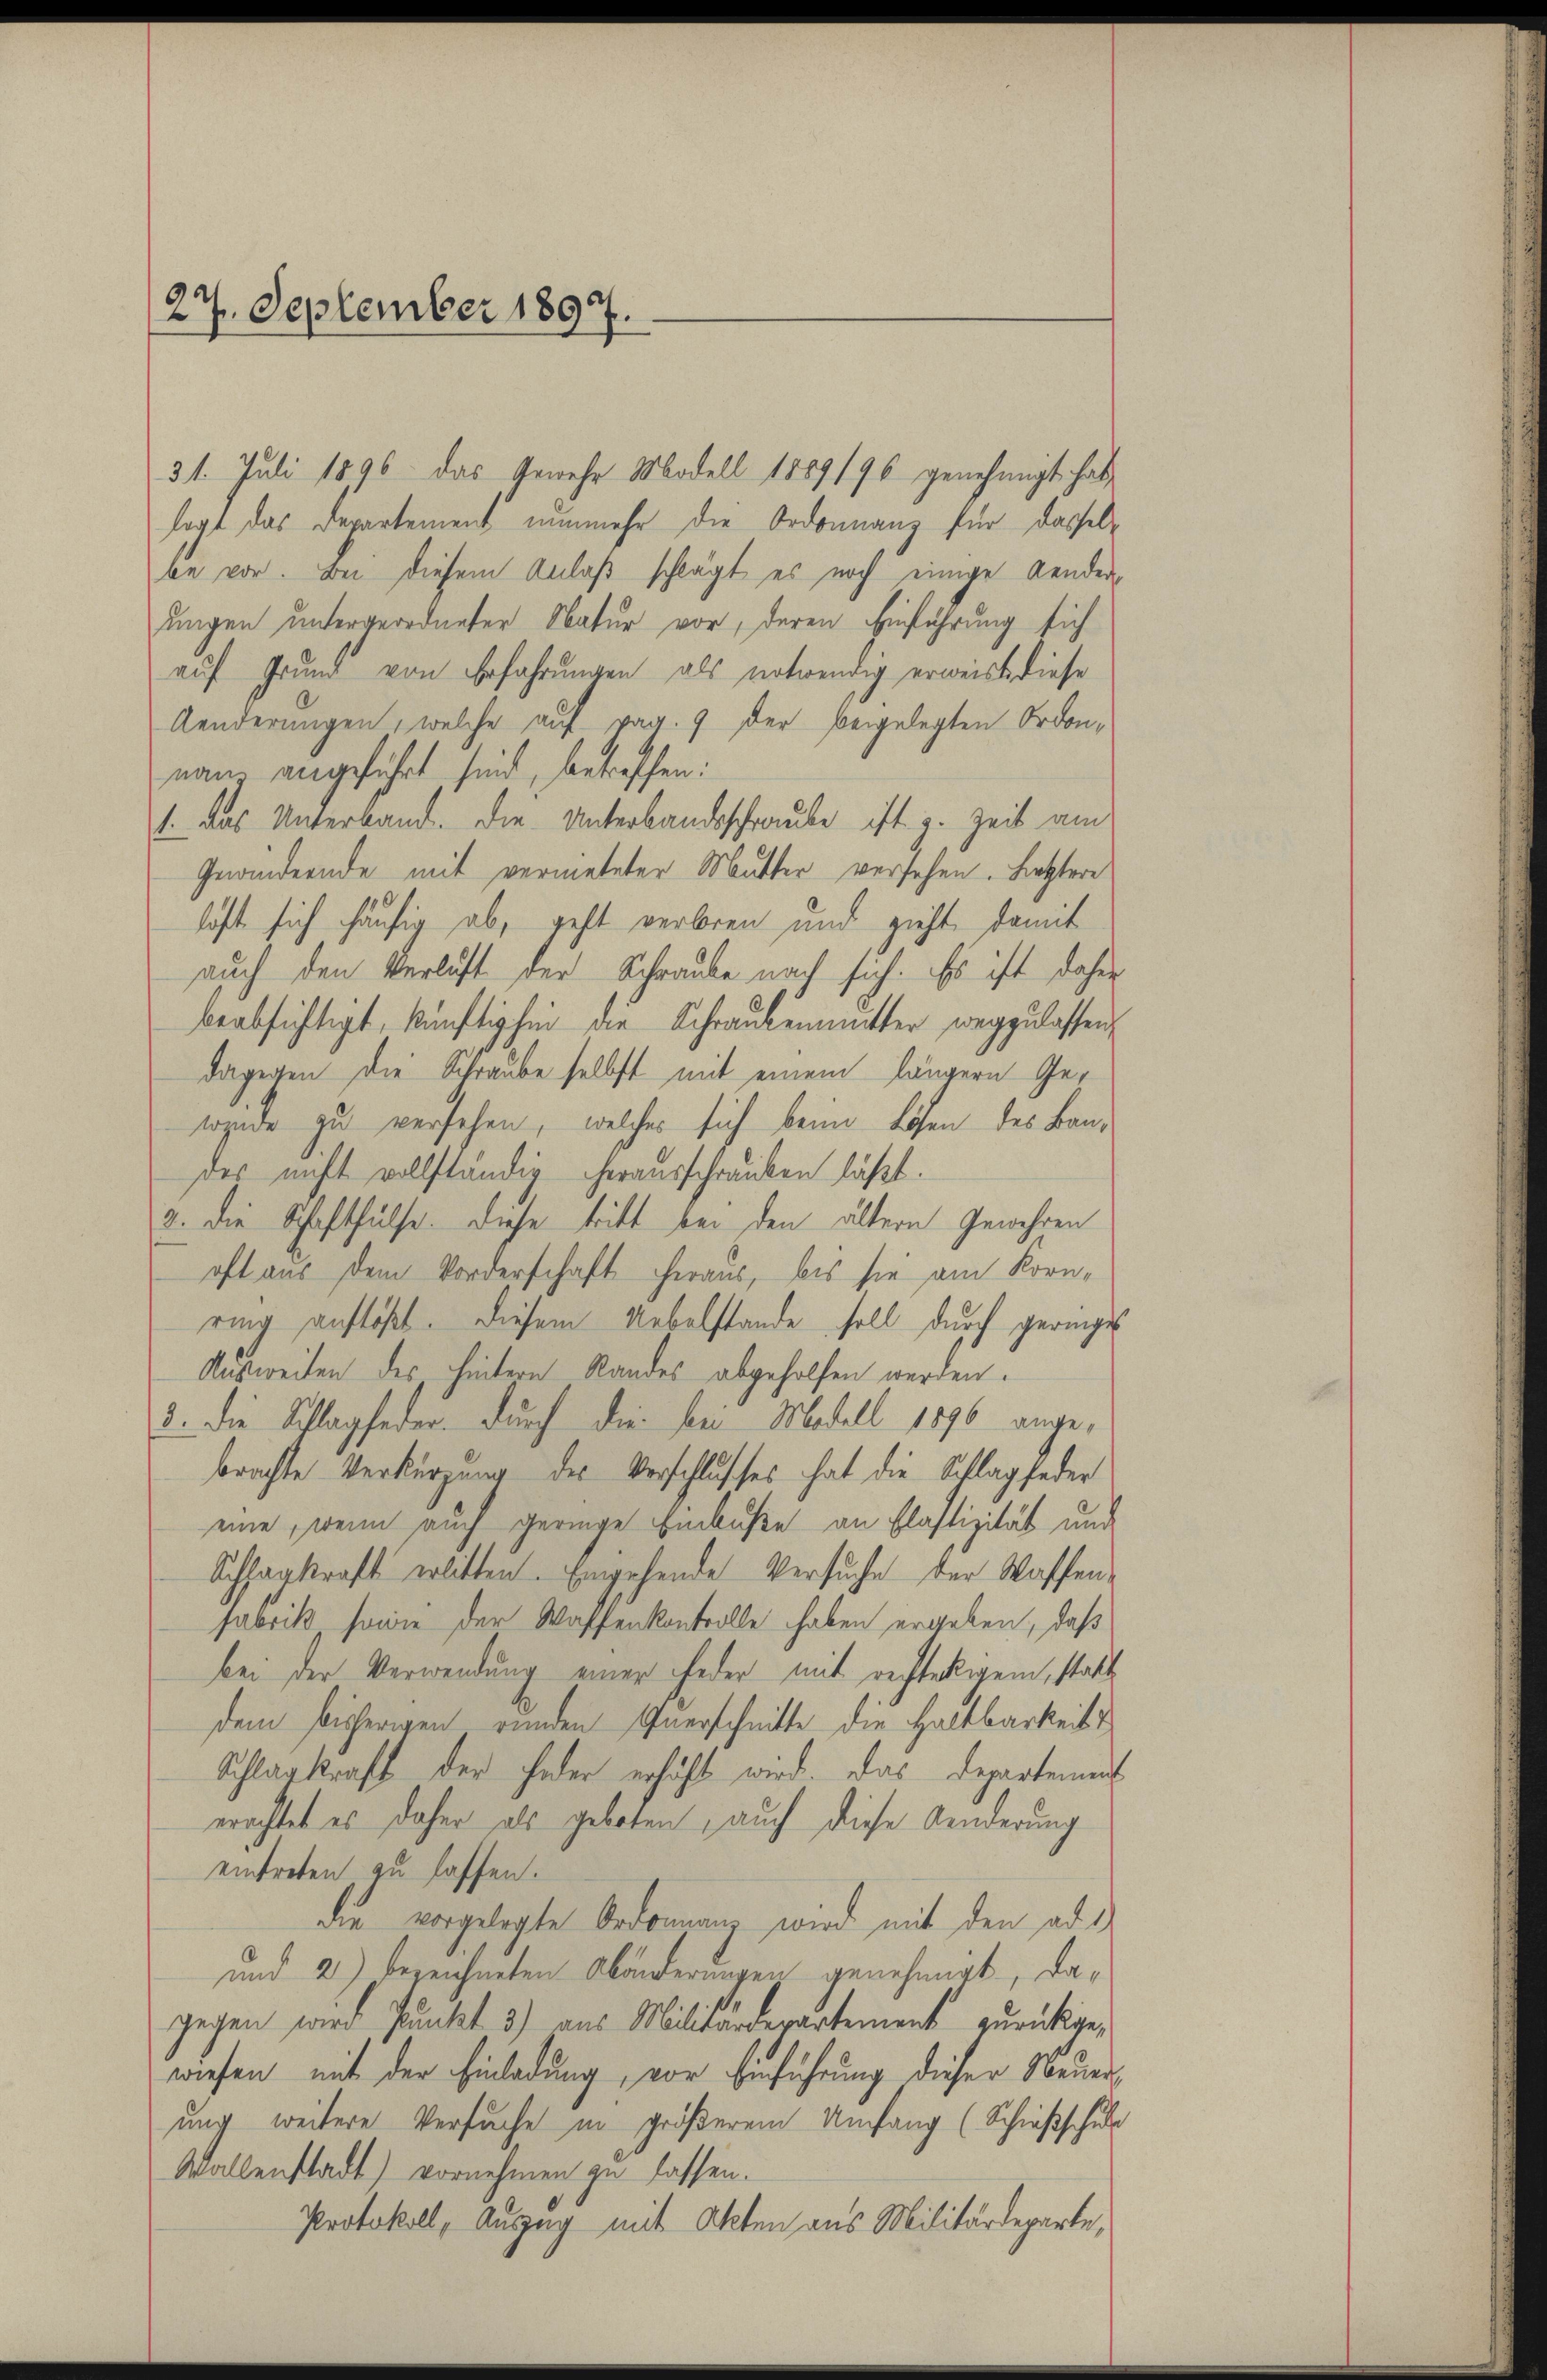
27. September 1897.

31. Juli 1896 das Gewehr Modell 1889/96 genehmigt hat,
legt das Departement nunmehr die Ordonnanz für dasselbe vor. Bei diesem Anlaß schlägt es noch einige Aenderungen untergeordneter Natur vor, deren Einführung sich
auf Grund von Erfahrungen als notwendig erweiss diese
Aenderungen, welche auf pag. 9 der beigelegten Ordonnam angeführt sind, betreffen:
1. das Unterband. Die Unterbandsschraube ist z. Zeit am
Gnändernde mit vermeteter Mutter versehen. Letztere
haft sich häufig ab, geht verbren und zieht, damit
auch den Verlust der Schraube nach sich. Es ist daher
beabsichtigt, künftighin die Schraubenmitter wegzulassen,
dagegen die Schraube selbst mit einem längern Geweide zu versehen, welches sich beim Lösen des Bandes nicht vollständig herausschrauben läßt.
2. Die Schafthülfe. Diese tritt bei den ältern Gewehren
oft aus dem Vorderschaft heraus, bis sie am Kornring auflöst. Diesem Uebelstande soll durch geringe
Ausweiten des hintern Randes abgeholfen werden.
3. Die Schlagfeder. Durch die bei Modell 1896 angebrachte Verkürzung des Verschlusses hat die Schlagfeder
eine, wenn auch geringe Einbuße an Plastizität und
Schhagkraft erlitten. Eingehende Versuche der Waffenfabrik sowie der Waffenkontrolle haben ergeben, daß
bei der Verwendung einer jeder mit rechtetigem, statt
dem bisherigen runden Querschnitte die Haltbarkeits
Schlag kraft der Feder erhöht wird. Das Departement
erachtet es daher als geboten, auch diese Aenderung
eintreten zu lassen.
die vorgelegte Ordonnanz wird mit den ad 1
und 2) bezeichneten Abänderungen genehmigt, dagegen wird Punkt 3) aus Militärdepartement zurückgewiesen mit der Einladung, vor Einführung dieser Neuerung weitere Versuche in größerem Umfang (Schießschule
Wallenstadt) vornehmen zu lassen.
Protokoll, Auszug mit Akten aus Militärdeparte,